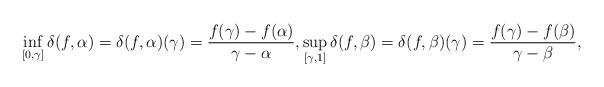
LaTeX: \begin{align*}\inf_{[0, \gamma]} \delta(f, \alpha)=\delta(f, \alpha)(\gamma)=\frac{f(\gamma)-f(\alpha)}{\gamma-\alpha}, \sup_{[ \gamma, 1]} \delta(f, \beta)=\delta(f, \beta)(\gamma)=\frac{f(\gamma)-f(\beta)}{\gamma-\beta},\end{align*}